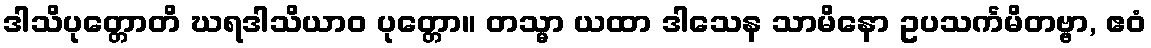
ဒါသိပုတ္တောတိ ဃရဒါသိယာဝ ပုတ္တော။ တသ္မာ ယထာ ဒါသေန သာမိနော ဥပသင်္ကမိတဗ္ဗာ, ဧဝံ